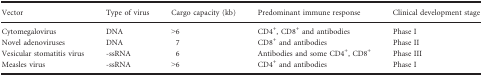
| Vector | Type of virus | Cargo capacity (kb) | Predominant immune response | Clinical development stage |
 | --- | --- | --- | --- | --- |
 | Cytomegalovirus | DNA | >6 | CD4+, CD8+ and antibodies | Phase I |
 | Novel adenoviruses | DNA | 7 | CD8+ and antibodies | Phase II |
 | Vesicular stomatitis virus | ‐ssRNA | 6 | Antibodies and some CD4+, CD8+ | Phase III |
 | Measles virus | ‐ssRNA | >6 | CD4+ and antibodies | Phase I |